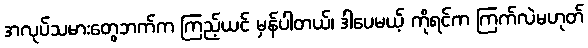
အလုပ်သမားတွေဘက်က ကြည့်ယင် မှန်ပါတယ်၊ ဒါပေမယ့် ကိုရင်က ကြက်လဲမဟုတ်